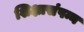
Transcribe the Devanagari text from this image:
शिक्षासंपन्न